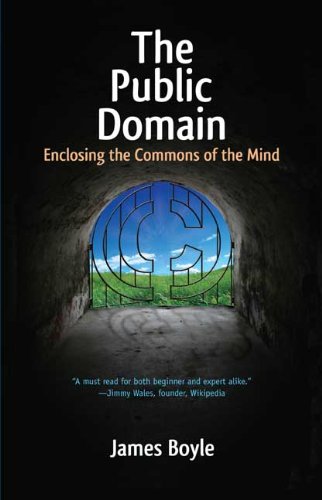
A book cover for The Public Domain: Enclosing the Commons of the Mind; James Boyle; Law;